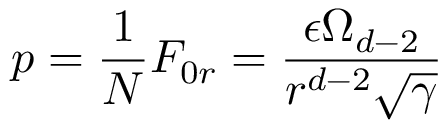
p = \frac { 1 } { N } F _ { 0 r } = \frac { \epsilon \Omega _ { d - 2 } } { r ^ { d - 2 } \sqrt { \gamma } }